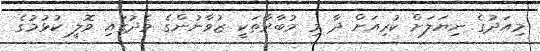
މިއަދުގެ ނިޔަލަށް ކުރިއަށް ދާ މި މުބާރާތަކީ ޒުވާނުންގެ މެދުގައި ވޮލީ ކުޅުމުގެ